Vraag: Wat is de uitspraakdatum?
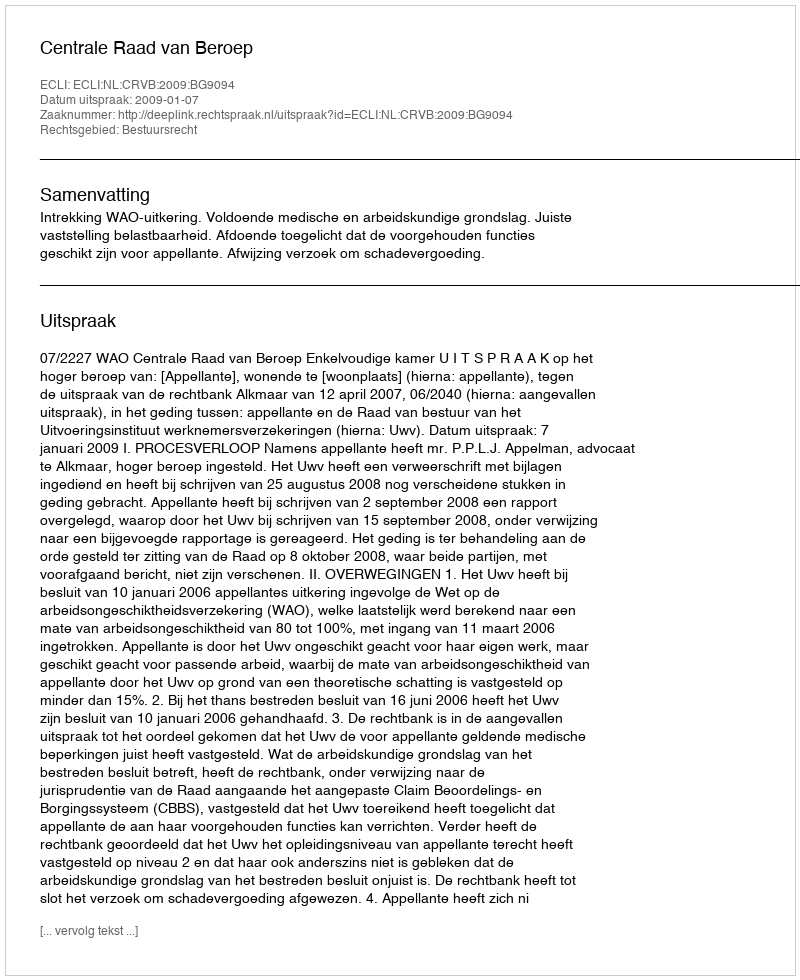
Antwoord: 2009-01-07